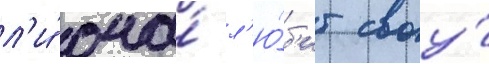
л'и́ она́ л'ю́б'ит своу́